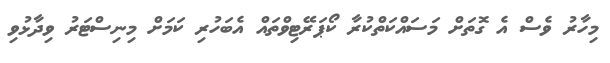
މިހާރު ވެސް އެ ގޮތަށް މަސައްކަތްކުރާ ކޯޕަރޭޓިވްތައް އެބަހުރި ކަމަށް މިނިސްޓަރު ވިދާޅުވި